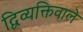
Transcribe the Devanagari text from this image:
द्विव्यक्तिवाले